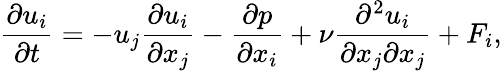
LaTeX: \frac{\partial u_{i}}{\partial t}=-u_{j}\frac{\partial u_{i}}{\partial x_{j}}-\frac{\partial p}{\partial x_{i}}+\nu\frac{\partial^{2}u_{i}}{\partial x_{j}\partial x_{j}}+F_{i},